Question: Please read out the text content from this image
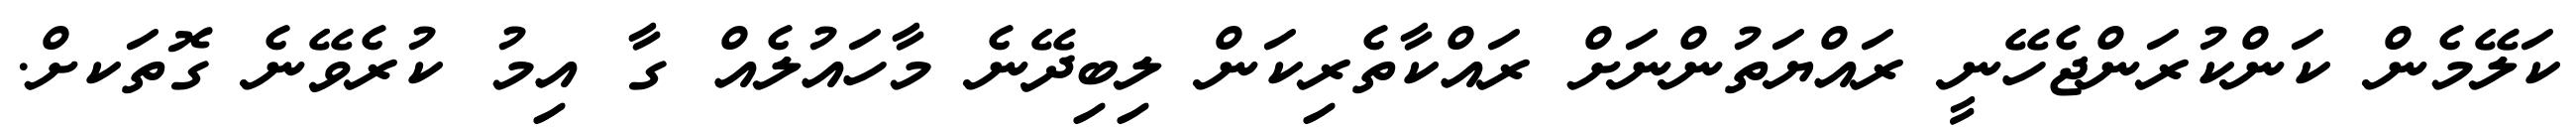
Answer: ކަލޭމެން ކަންކުރަންޖެހޭނީ ރައްޔަތުންނަށް ރައްކާތެރިކަން ލިބިދޭނެ މާހައުލެއް ގާ އިމު ކުރެވޭނެ ގޮތަކށް.